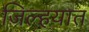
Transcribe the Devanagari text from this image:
जिल्‍हयात